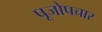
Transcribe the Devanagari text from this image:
पूजोपचार